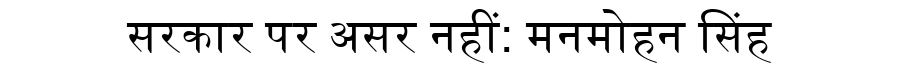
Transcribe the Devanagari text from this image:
सरकार पर असर नहीं: मनमोहन सिंह